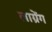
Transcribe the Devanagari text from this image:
लाग्रेंग